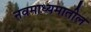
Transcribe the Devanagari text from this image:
नवमाध्यमातील